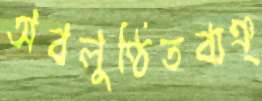
অবলুণ্ঠিতব্যঞ্